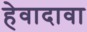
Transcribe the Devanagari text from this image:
हेवादावा